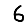
Digit: 6